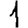
Digit: 1